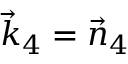
\vec { k } _ { 4 } = \vec { n } _ { 4 }